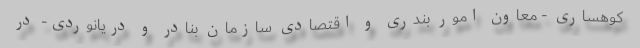
کوهساری - معاون امور بندری و اقتصادی سازمان بنادر و دریانوردی- در